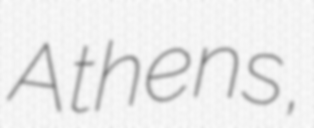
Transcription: Athens,